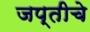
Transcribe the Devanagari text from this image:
जप्तीचे